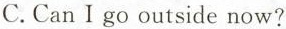
C. Can I go outside now?